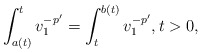
\begin{align*}\int_{a(t)}^t v_1^{-p'}=\int_t^{b(t)}v_1^{-p'},t>0,\end{align*}